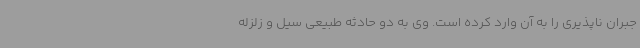
جبران ناپذیری را به آن وارد کرده است. وی به دو حادثه طبیعی سیل و زلزله